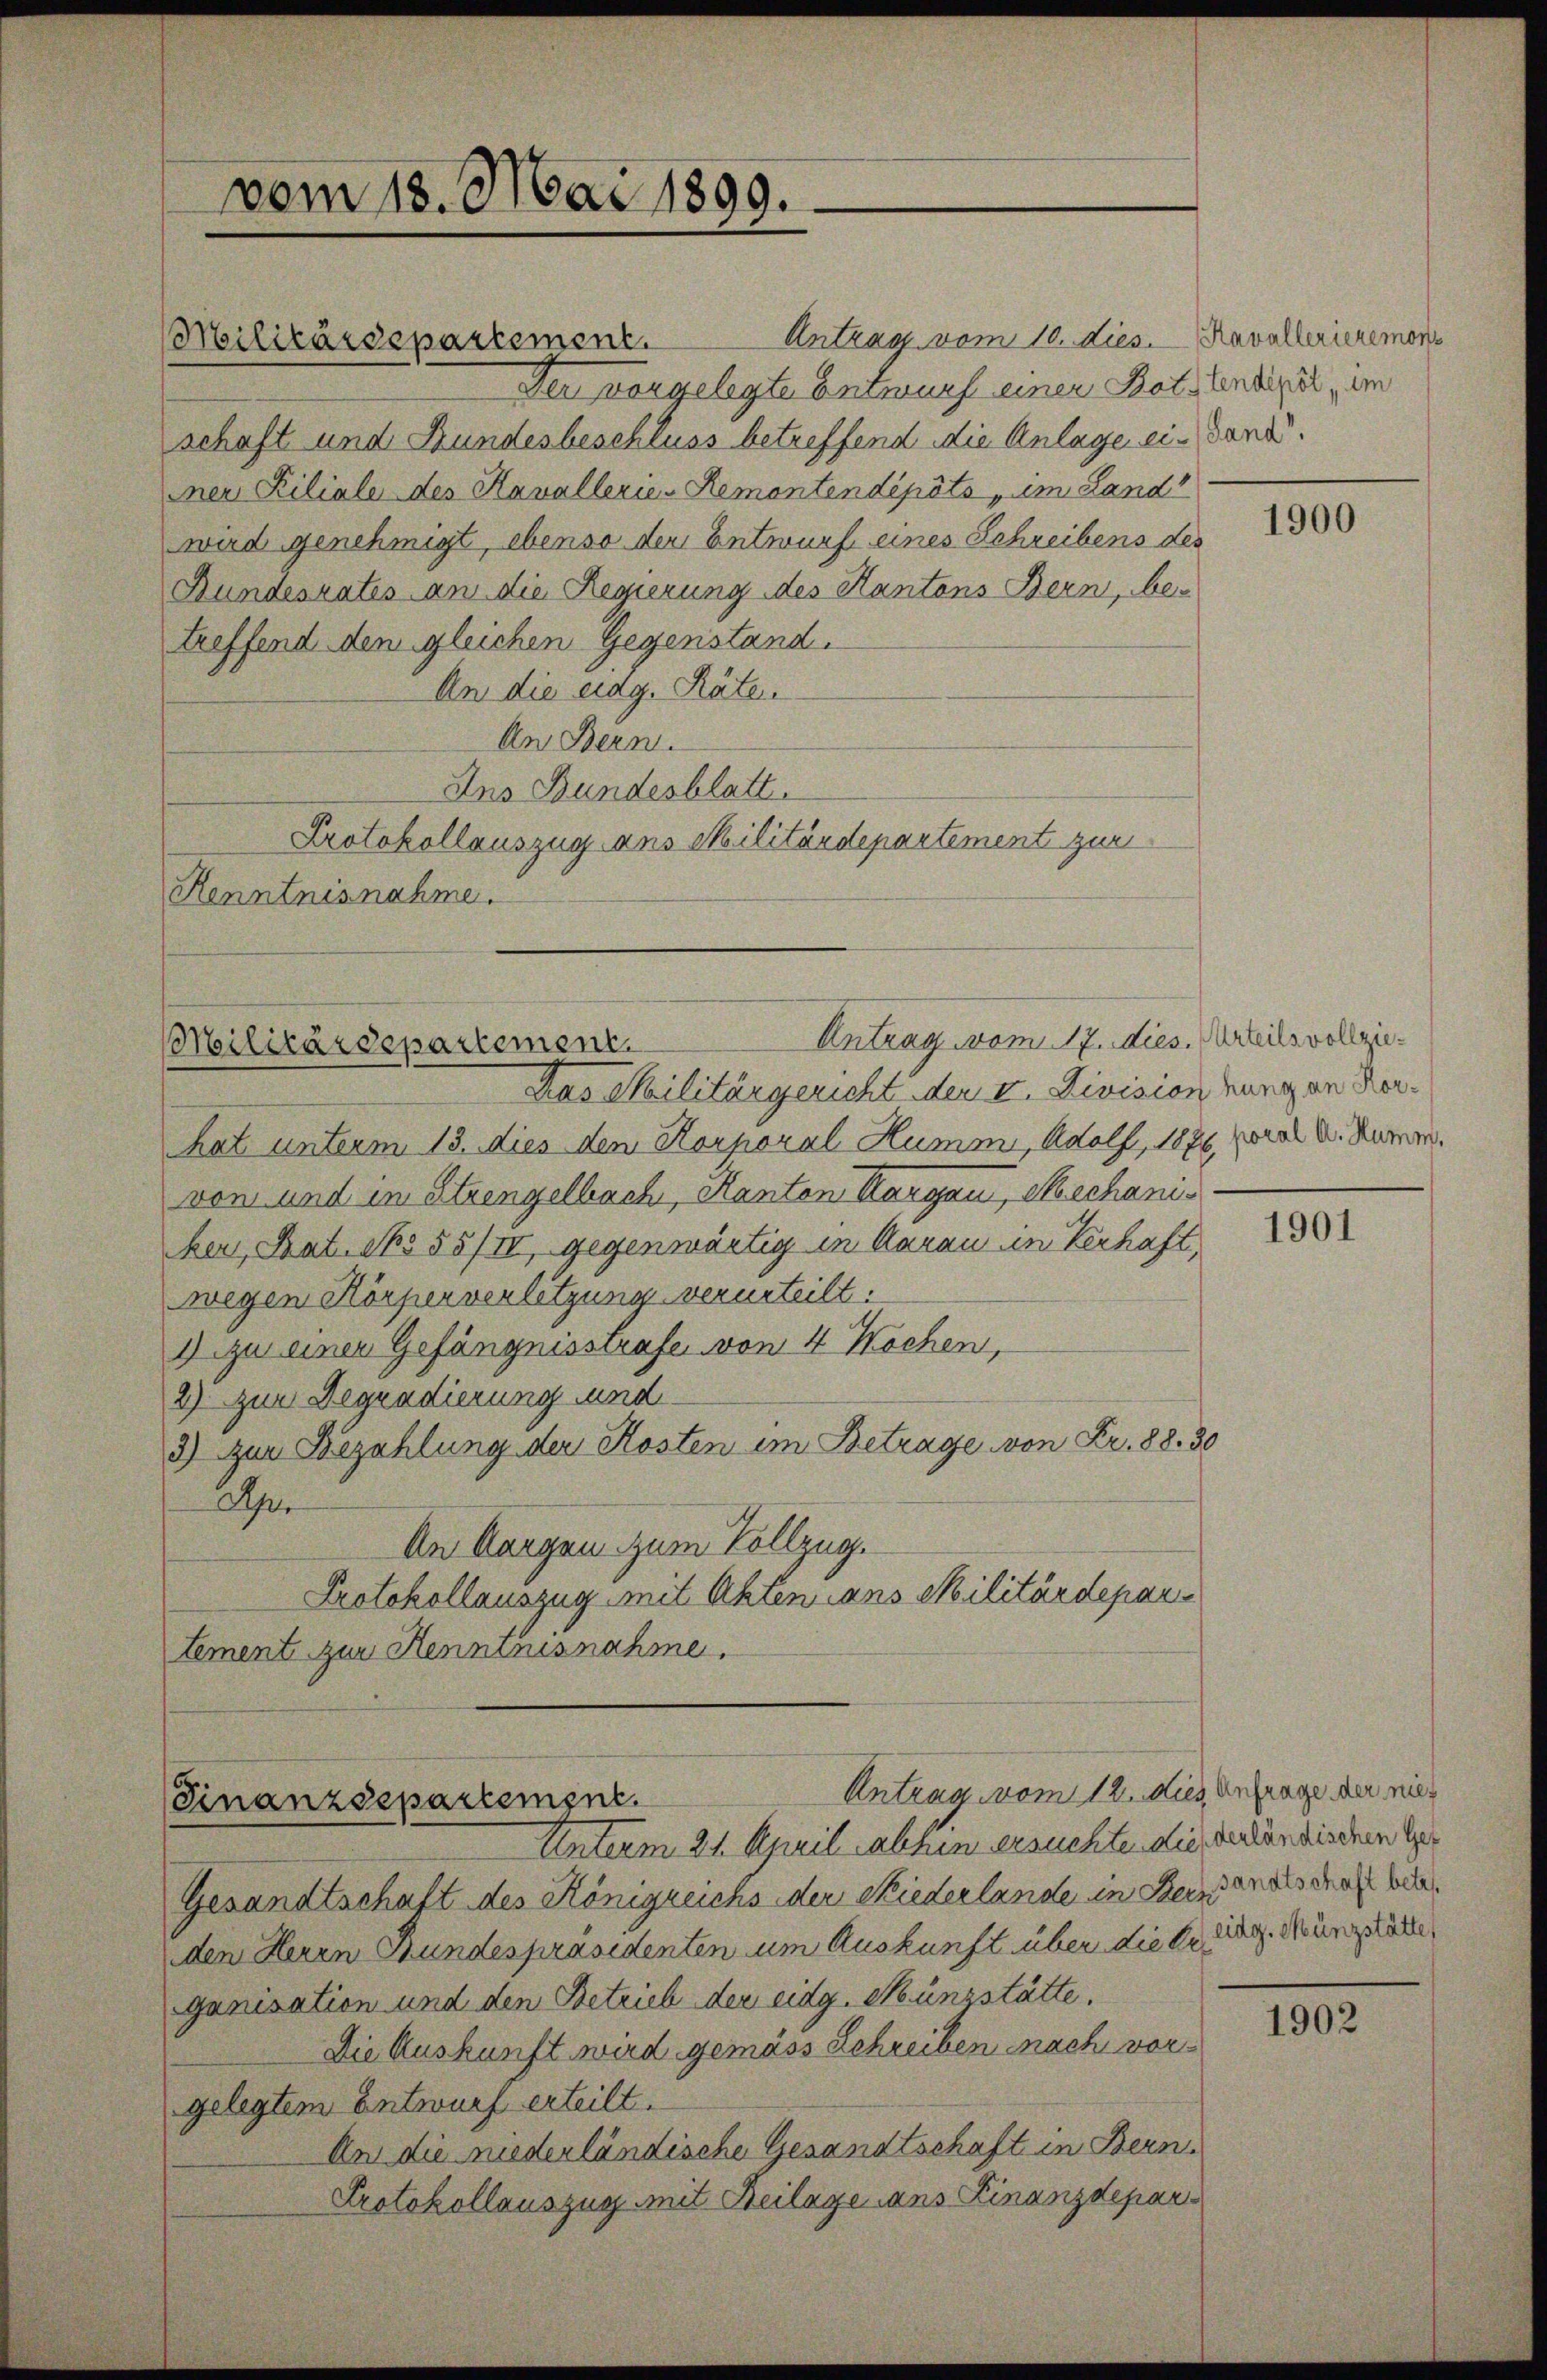
Militärdepartement.

vom 18. Mai 1899.

Antrag vom 10. dies.  Ravallerieremons
Der vorgelegte Entwurf einen Batslendiget, im
schaft und Bundesbeschluss betreffend die Anlage ein Sand.
ner Filiale des Kavallerie-Remontendepots, im Land
wird genehmigt, ebenso der Entwurf eines Schreibens des
Bundesrates an die Regierung des Kantons Bern, betreffend den gleichen Gegenstand.
An die eidg. Räten
An Bern.
Ans Bundesblatt.
Protokollauszug aus Militärdepartement zur
Kenntnisnahme.

Militärdepartement.

Das Militärgericht der V. Division hung an Herhat unterm 13. dies den Korporal Humme, Adolf, 1876, viel u. Rumer,
von und in Strengelbach, Kanton Margau, Mechaniheu, Stat. No 58/IV, gegenwärtig in Aarau im Verhaft
wegen Körperverletzung verurteilt.
1 zu einer Gefängnisstrafe von 4 Wochen,
2) zur Begnadierung und
3) Zur Bezahlung der Kosten im Betrage von Fr. 88. 30
2
An Morgen zum Vollzug.
Protokollauszug mit Akten dans Militärdepar¬
Lement zur Kenntnisnahme.

Antrag vom 12. dies, Anfrage der nie¬
Finanzdepartement.

Unterm 21. April welchen ersuchten die verländischen Ger
Gesandtschaft des Königreichs der Niederlande in Beistandschaft bede
den Herrn Bundespräsidenten um Auskunft über die Erganisation und den Betrieb der eidg. Münzstätte.
Die Auskunft wird gemäss Schreiben nach vorgelegtem Entwurf erteilt.
An die niederländische Gesandtschaft in Bern
Protokollauszug mit Beilage dans Finanzdepar¬

1900

Antrag vom 17. dies. Urteils vollzie¬

1901

idg. Münzstätte,

1902